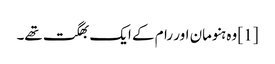
[1] وہ ہنومان اور رام کے ایک بھگت تھے۔